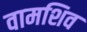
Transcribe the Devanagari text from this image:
वामशिव